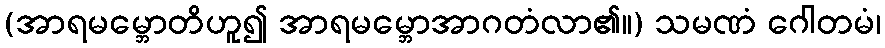
(အာရမမ္ဘောတိဟူ၍ အာရမမ္ဘောအာဂတံလာ၏။) သမဏံ ဂေါတမံ၊